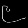
Digit: ၉